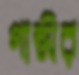
গান্ধীর